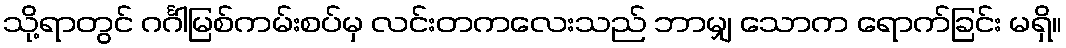
သို့ရာတွင် ဂင်္ဂါမြစ်ကမ်းစပ်မှ လင်းတကလေးသည် ဘာမျှ သောက ရောက်ခြင်း မရှိ။